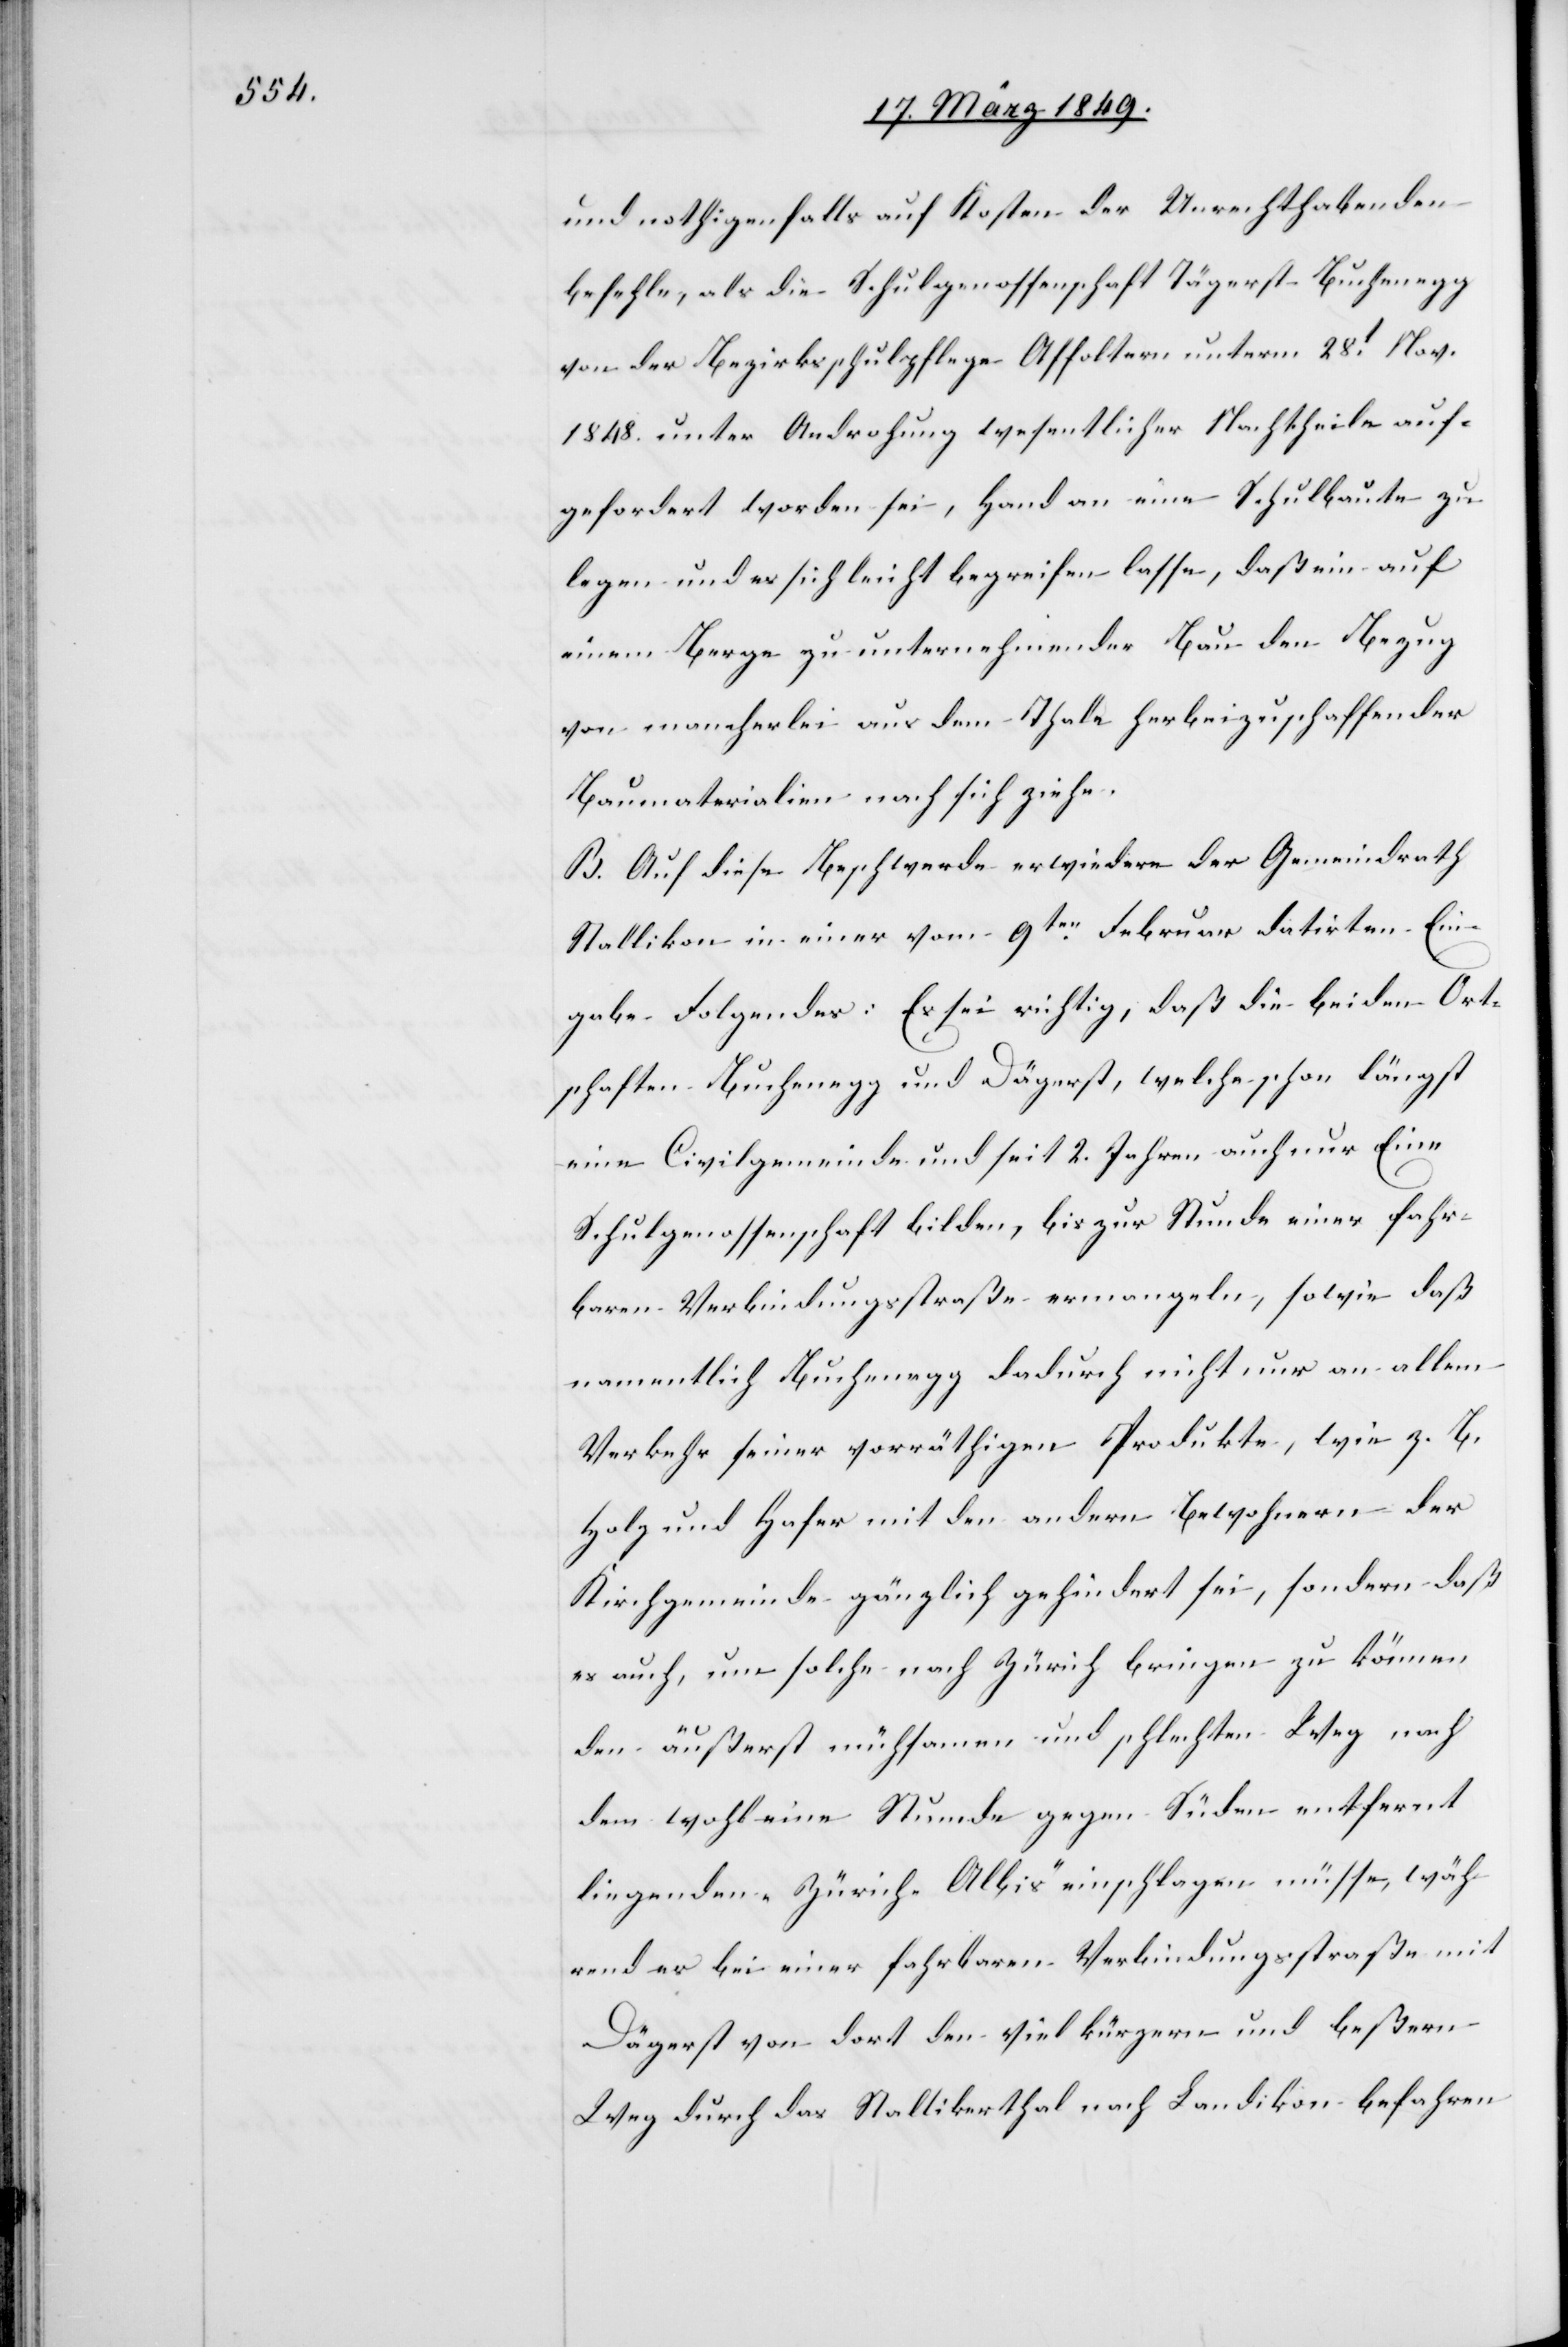
und nothigenfalls [sic!] auf Kosten der Unrechthabenden
befehle, als die Schulgenossenschaft Tägerst-Buchenegg
von der Bezirksschulpflege Affoltern unterm 28t. Nov.
1848. unter Androhung wesentlicher Nachtheile auf¬
gefordert worden sei, Hand an eine Schulbaute zu
legen und es sich leicht begreifen lasse, daß ein auf
einem Berge zu unternehmender Bau den Bezug
von mancherlei aus dem Thale herbeizuschaffender
Baumaterialien nach sich ziehe.
B. Auf diese Beschwerde erwiedere der Gemeindrath
Stallikon in einer vom 9ten. Februar datirten Ein¬
gabe Folgendes: Es sei richtig, daß die beiden Ort¬
schaften Buchenegg und Dägerst [sic!], welche schon längst
eine Civilgemeinde und seit 2. Jahren auch nur Eine
Schulgenossenschaft bilden, bis zur Stunde einer fahr¬
baren Verbindungsstraße ermangeln, sowie daß
namentlich Buchenegg dadurch nicht nur an allem
Verkehr seiner vorräthigen Produkte, wie z. B.
Holz und Hafer mit den andern Bewohnern der
Kirchgemeinde gänzlich gehindert sei, sondern daß
es auch, um solche nach Zürich bringen zu können
den äußerst mühsamen und schlechten Weg nach
dem wohl eine Stunde gegen Süden entfernt
liegenden „Zürich-Albis“ einschlagen müsse, wäh¬
rend es bei einer fahrbaren Verbindungsstraße mit
Dägerst von dort den viel kürzern und beßern
Weg durch das Stallikerthal nach Landikon befahren